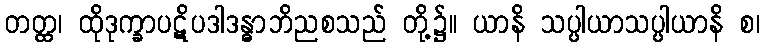
တတ္ထ၊ ထိုဒုက္ခာပဋိပဒါဒန္ဓာဘိညစသည် တို့၌။ ယာနိ သပ္ပါယာသပ္ပါယာနိ စ၊